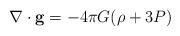
LaTeX: \begin{align*}\nabla \cdot {\bf g} = - 4\pi G (\rho + 3P) \end{align*}